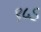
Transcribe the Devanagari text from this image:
९५ऽ